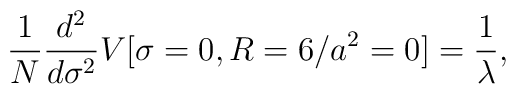
\frac{1}{N} \frac{d^2}{d\sigma^2} V [\sigma =0, R=6/a^2=0]=  \frac{1}{\lambda},